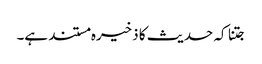
جتنا کہ حدیث کا ذخیرہ مستند ہے۔